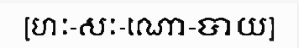
[ហៈ-សៈ-ណោ-បាយ]